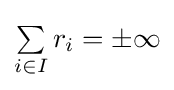
\textstyle \sum \limits _{i\in I}r_{i}=\pm \infty